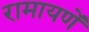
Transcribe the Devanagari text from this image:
रामायणें